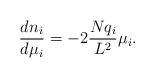
LaTeX: \begin{align*}\frac{d n_i}{d \mu_i} = - 2 \frac{N q_i}{L^2} \mu_i.\end{align*}